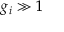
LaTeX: g _ { i } \gg 1